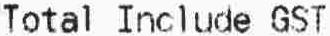
TOTAL INCLUDE GST